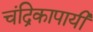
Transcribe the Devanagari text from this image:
चंद्रिकापायी